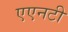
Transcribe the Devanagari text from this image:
एएनटी